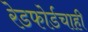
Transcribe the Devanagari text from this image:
रेडफोर्डचाही